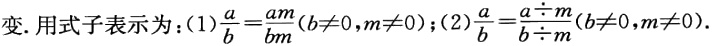
变.用式子表示为：(1)$\frac{a}{b}=\frac{am}{bm}(b\neq0,m\neq0)$；(2)$\frac{a}{b}=\frac{a\div m}{b\div m}(b\neq0,m\neq0)$.